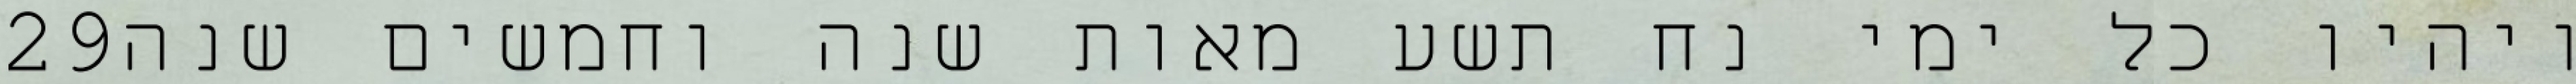
‎29‏ ויהיו כל ימי נח תשע מאות שנה וחמשים שנה